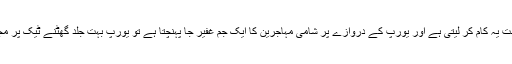
اگر اردگان حکومت یہ کام کر لیتی ہے اور یورپ کے دروازے پر شامی مہاجرین کا ایک جم غفیر جا پہنچتا ہے تو یورپ بہت جلد گھٹنے ٹیک پر مجبور ہو سکتا ہے۔